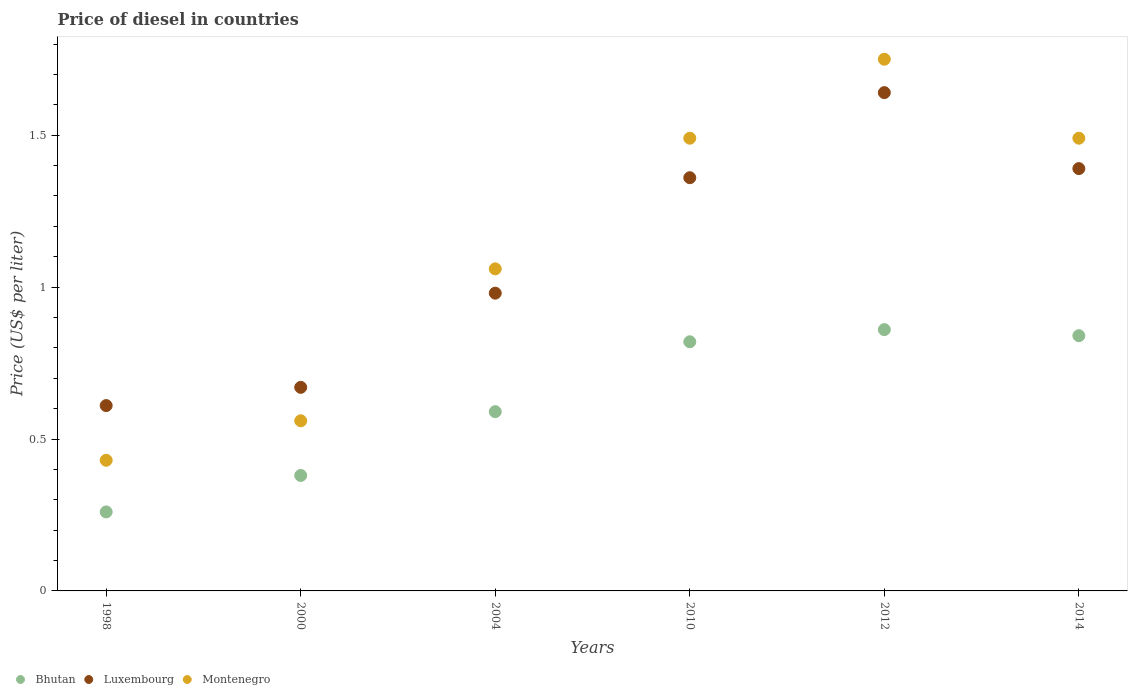
| Years | Bhutan | Luxembourg | Montenegro |
 | --- | --- | --- | --- |
 | 1998 | 0.26 | 0.61 | 0.43 |
 | 2000 | 0.38 | 0.67 | 0.56 |
 | 2004 | 0.59 | 0.98 | 1.06 |
 | 2010 | 0.82 | 1.36 | 1.49 |
 | 2012 | 0.86 | 1.64 | 1.75 |
 | 2014 | 0.84 | 1.39 | 1.49 |